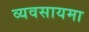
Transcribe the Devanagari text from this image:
व्यवसायमा